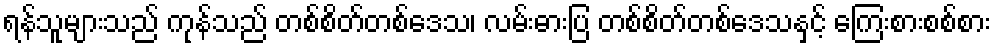
ရန်သူများသည် ကုန်သည် တစ်စိတ်တစ်ဒေသ၊ လမ်းဓားပြ တစ်စိတ်တစ်ဒေသနှင့် ကြေးစားစစ်စား